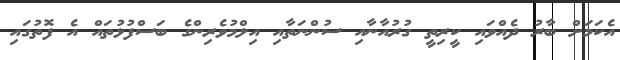
އެކަމަށް ބާރު ދެއްވައި ކީރިތީ ގުރުއާނާއި ސުންނަތާއި އިލްމުވެރިންގެ ބަސްފުޅުތައް އެ ފޮތުގައި